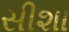
સીશા